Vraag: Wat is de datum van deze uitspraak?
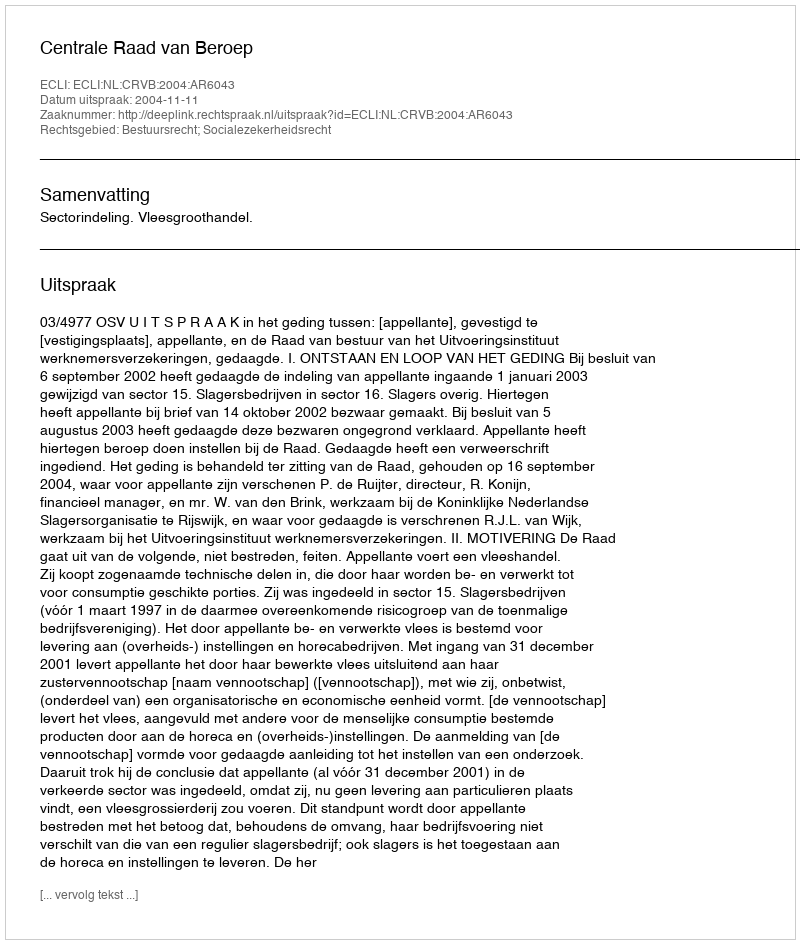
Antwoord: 2004-11-11